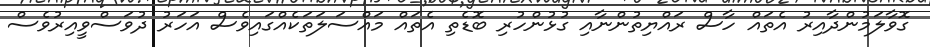
ގޮވާލަމުންދާއިރު އެތައް ހާސް ރައްޔިތުންނާއި ގުޅުންހުރި ބޮޑެތި އެތައް މައްސަލަތަކެއްގައިވެސް އަހަރު ދުވަސްވީއިރުވެސް